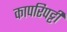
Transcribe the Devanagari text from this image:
कापरिपट्टी